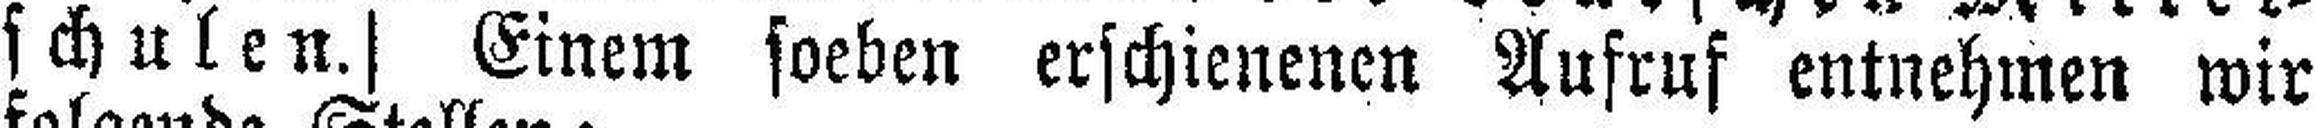
schulen.] Einem soeben erschienenen Aufruf entnehmen wir